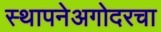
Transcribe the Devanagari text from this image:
स्थापनेअगोदरचा